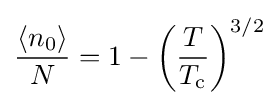
{\frac {\langle n_{0}\rangle }{N}}=1-\left({\frac {T}{T_{\text{c}}}}\right)^{3/2}